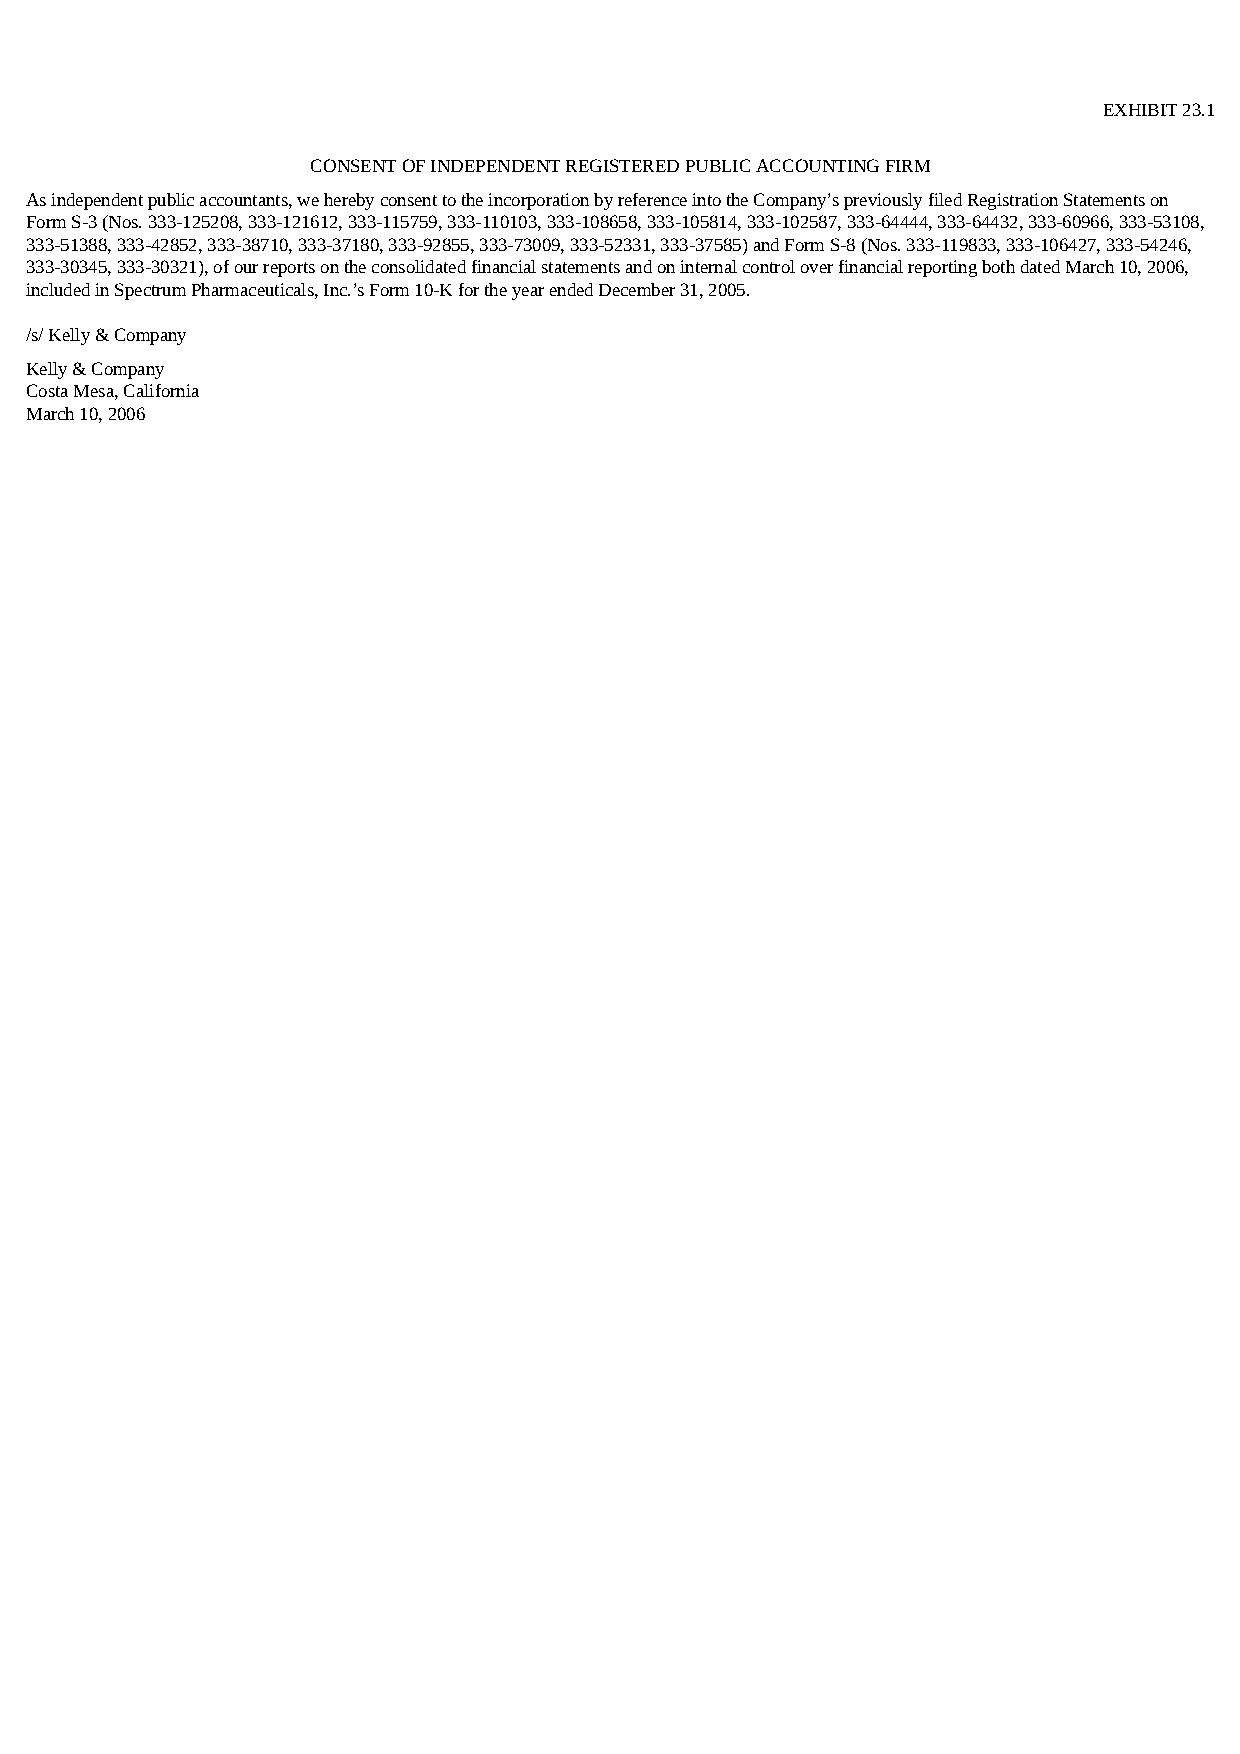
EXHIBIT 23.1
 CONSENT OF INDEPENDENT REGISTERED PUBLIC ACCOUNTING FIRM
 As independent public accountants, we hereby consent to the incorporation by reference into the Company’s previously filed Registration Statements on
 Form S-3 (Nos. 333-125208, 333-121612, 333-115759, 333-110103, 333-108658, 333-105814, 333-102587, 333-64444, 333-64432, 333-60966, 333-53108,
 333-51388, 333-42852, 333-38710, 333-37180, 333-92855, 333-73009, 333-52331, 333-37585) and Form S-8 (Nos. 333-119833, 333-106427, 333-54246,
 333-30345, 333-30321), of our reports on the consolidated financial statements and on internal control over financial reporting both dated March 10, 2006,
 included in Spectrum Pharmaceuticals, Inc.’s Form 10-K for the year ended December 31, 2005.
 /s/ Kelly & Company
 Kelly & Company
 Costa Mesa, California
 March 10, 2006